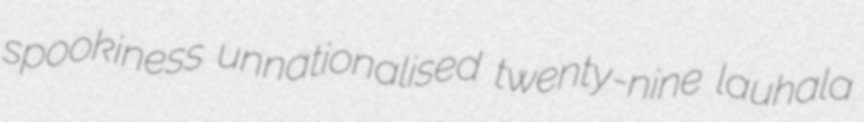
spookiness unnationalised twenty-nine lauhala